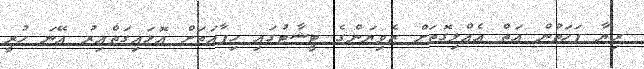
ރިޔާ ފަހަތުން އަތް އެއްލިގޮތަށް ޒެވިޔަންގެ ޓީޝާޓުގައި ހިފާއަތަށް އޮޅައިގަތްއިރު އޭނަ ހުރީ